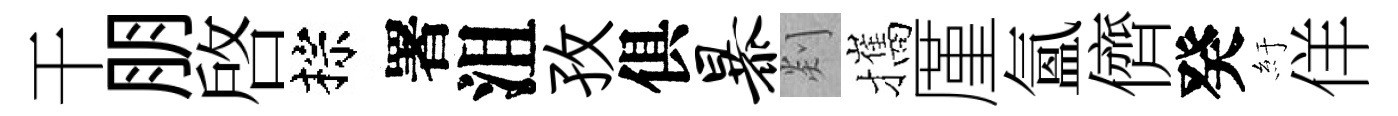
干朋啓棕署沮孜俱暴剡攜厪氲儕癸紆佯